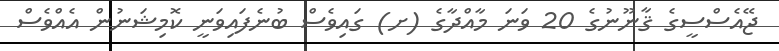
ޖޭއެސްސީގެ ޤާނޫނުގެ 20 ވަނަ މާއްދާގެ (ށ) ގައިވެސް ބުނެފައިވަނީ ކޮމިޝަނުން އެއްވެސް